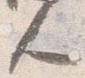
人